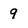
Character: 9